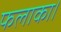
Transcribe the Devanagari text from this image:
फलाका।